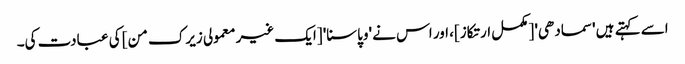
اسے کہتے ہیں 'سمادھی' [مکمل ارتکاز]، اور اس نے 'وپاسنا' [ایک غیر معمولی زیرک من] کی عبادت کی۔